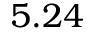
5 . 2 4